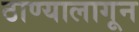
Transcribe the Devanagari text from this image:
ठाण्यालागून